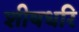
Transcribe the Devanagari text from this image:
शीषधरि